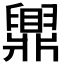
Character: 𬛿